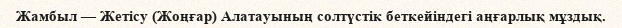
Жамбыл — Жетісу (Жоңғар) Алатауының солтүстік беткейіндегі аңғарлық мұздық.